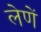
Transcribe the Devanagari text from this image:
लेणें